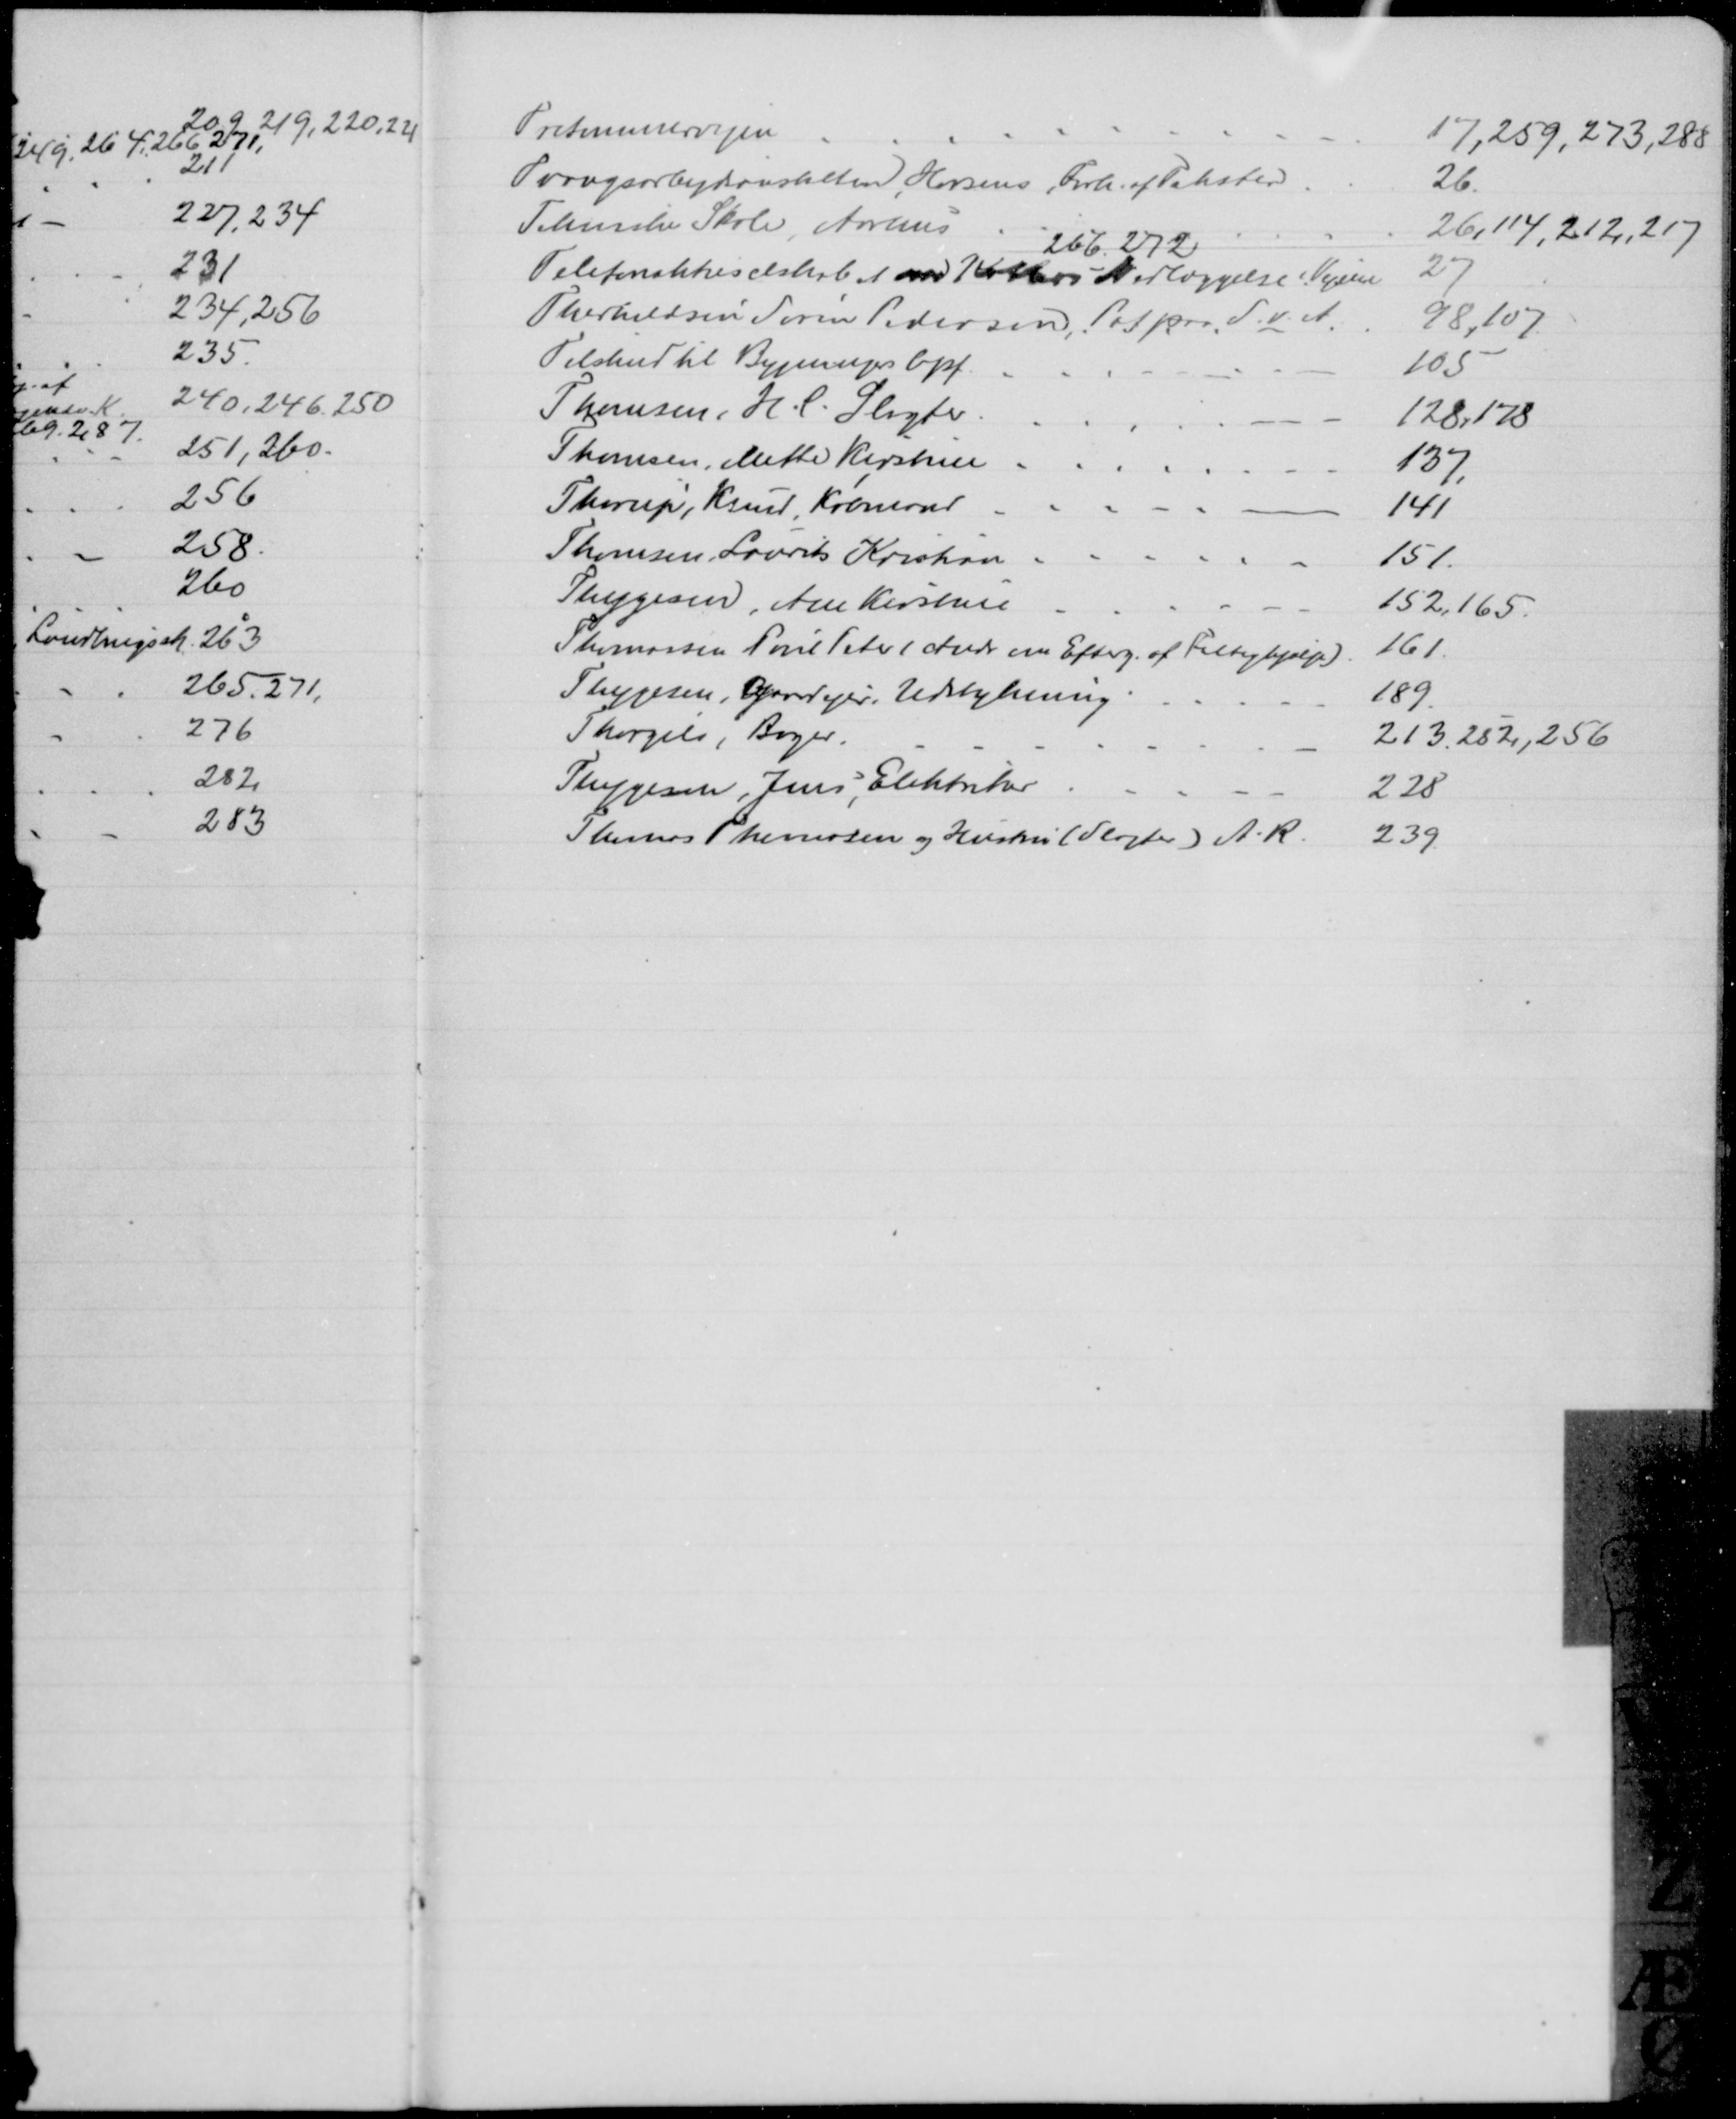
Transskription:
Tretommervejen
17,259, 273, 288
Tvangsarbejdsanstalten, Horsens, Forh. af Takster
26
Tekniske Skole, Aarhus
26,114, 212, 217
266, 272
Telefonaktieselskabet om Kabel-Nedlæggelse i Vejen
27
Therkildsen Søren Pedersen, Pat paa S. v. A.
98, 107.
Tilskud til Bygningers Opf.
105
Thomsen, H. C. Slagter
128,178
Thomsen,  Mette Kirstine
137
Thorup, Knud, Købmand
141
Thomsen, Laurits Kristian
151
Thygesen, Ane Kirstine
152, 165
Thomassen, Poul Peter (Andr om Efterg. af Fattighjælp)
161
Thygesen, Gaardejer, Udstykning
189
Thorgils, Bager
213, 252, 256
Thygesen, Jens, Elektriker
228
Thomas Thomasen og Hustru (Slagter) A. R. 
239